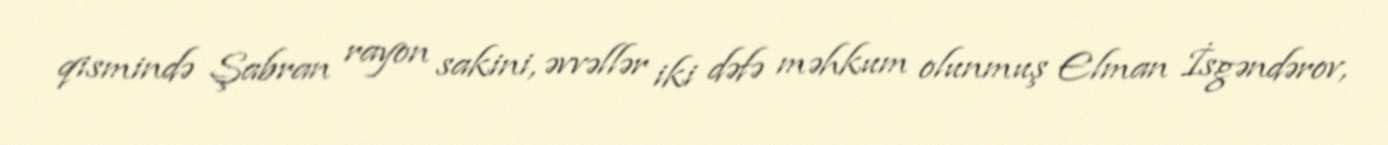
qismində Şabran rayon sakini, əvvəllər iki dəfə məhkum olunmuş Elman İsgəndərov,